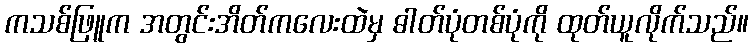
ကသစ်ဖြူက အတွင်းအိတ်ကလေးထဲမှ ဓါတ်ပုံတစ်ပုံကို ထုတ်ယူလိုက်သည်။